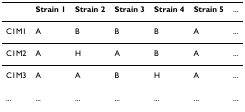
<table><thead><tr><td></td><td><b>Strain 1</b></td><td><b>Strain 2</b></td><td><b>Strain 3</b></td><td><b>Strain 4</b></td><td><b>Strain 5</b></td><td><b>...</b></td></tr></thead><tbody><tr><td>C1M1</td><td>A</td><td>B</td><td>B</td><td>B</td><td>A</td><td>...</td></tr><tr><td>C1M2</td><td>A</td><td>H</td><td>A</td><td>B</td><td>A</td><td>...</td></tr><tr><td>C1M3</td><td>A</td><td>A</td><td>B</td><td>H</td><td>A</td><td>...</td></tr><tr><td>...</td><td>...</td><td>...</td><td>...</td><td>...</td><td>...</td><td>...</td></tr></tbody></table>